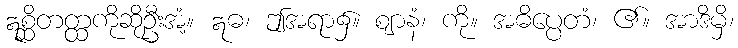
ဣစ္ဆိတတ္ထကိုဆိုဦးအံ့။ ဣဓ၊ ဤအရာ၌။ ဈာနံ၊ ကို။ အဓိပ္ပေတံ၊ ၏။ အာဒိမှိ၊